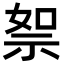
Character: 𥙦